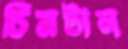
চিমটান